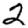
Digit: 2